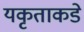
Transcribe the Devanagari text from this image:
यकृताकडे